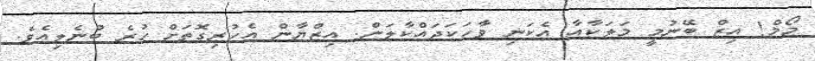
މޯމް! އިޒް ބޭނުމީ މަލަކާއާ އެކަނި ވާހަކަދައްކާލަން. އިޒްޔާން އެހުރިގޮތަށް ހުރެ ބުނެލިއެވެ.